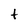
Character: t